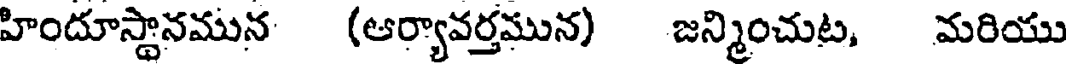
హిందూస్థానమున (ఆర్యావర్తమున) జన్మించుట, మరియు